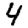
Digit: 4